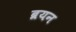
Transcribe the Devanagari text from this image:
ब्रयन